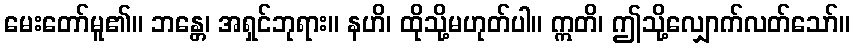
မေးတော်မူ၏။ ဘန္တေ၊ အရှင်ဘုရား။ နဟိ၊ ထိုသို့မဟုတ်ပါ။ ဣတိ၊ ဤသို့လျှောက်လတ်သော်။